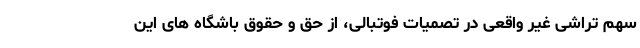
سهم تراشی غیر واقعی در تصمیات فوتبالی، از حق و حقوق باشگاه های این